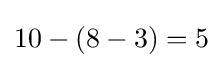
10-(8-3)=5